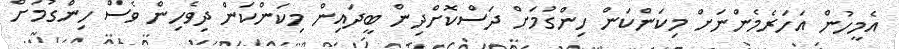
އެމީހުން އަހަރެމެންނަށް މިކަންކަން ހިންގުމަށް ދަސްކޮށްދިން ބީދައިން މިކަންކަން ދިވެހިން ވެސް ހިންގުމަށް